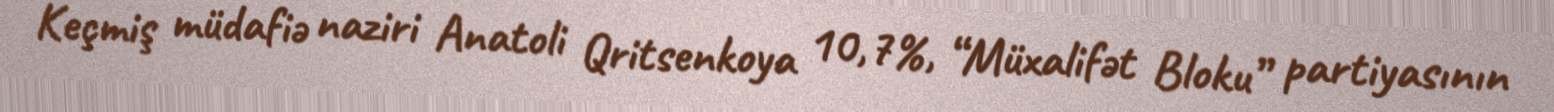
Keçmiş müdafiə naziri Anatoli Qritsenkoya 10,7%, “Müxalifət Bloku” partiyasının